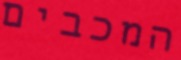
המכבים